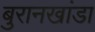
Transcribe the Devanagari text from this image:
बुरानखांडा